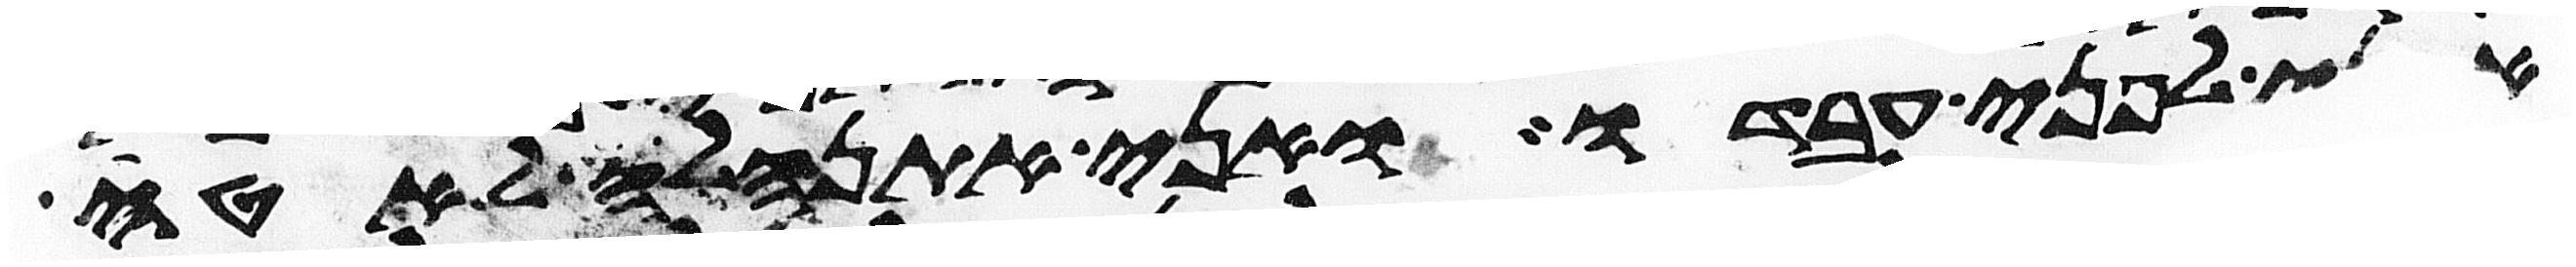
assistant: לפני עבדו ואני אתנהלה לאטי